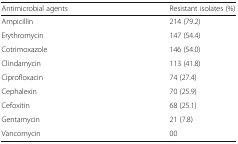
<table><thead><tr><td><b>Antimicrobial agents</b></td><td><b>Resistant isolates (%)</b></td></tr></thead><tbody><tr><td>Ampicillin</td><td>214 (79.2)</td></tr><tr><td>Erythromycin</td><td>147 (54.4)</td></tr><tr><td>Cotrimoxazole</td><td>146 (54.0)</td></tr><tr><td>Clindamycin</td><td>113 (41.8)</td></tr><tr><td>Ciprofloxacin</td><td>74 (27.4)</td></tr><tr><td>Cephalexin</td><td>70 (25.9)</td></tr><tr><td>Cefoxitin</td><td>68 (25.1)</td></tr><tr><td>Gentamycin</td><td>21 (7.8)</td></tr><tr><td>Vancomycin</td><td>00</td></tr></tbody></table>